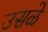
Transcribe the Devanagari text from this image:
उसळे